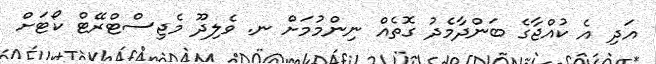
އަދި އެ ކުއްޖާގެ ބަންދާމެދު ގޮތެއް ނިންމުމަށް ނ. ވެލިދޫ މެޖިސްޓްރޭޓް ކޯޓަށް